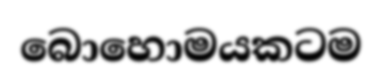
බොහොමයකටම